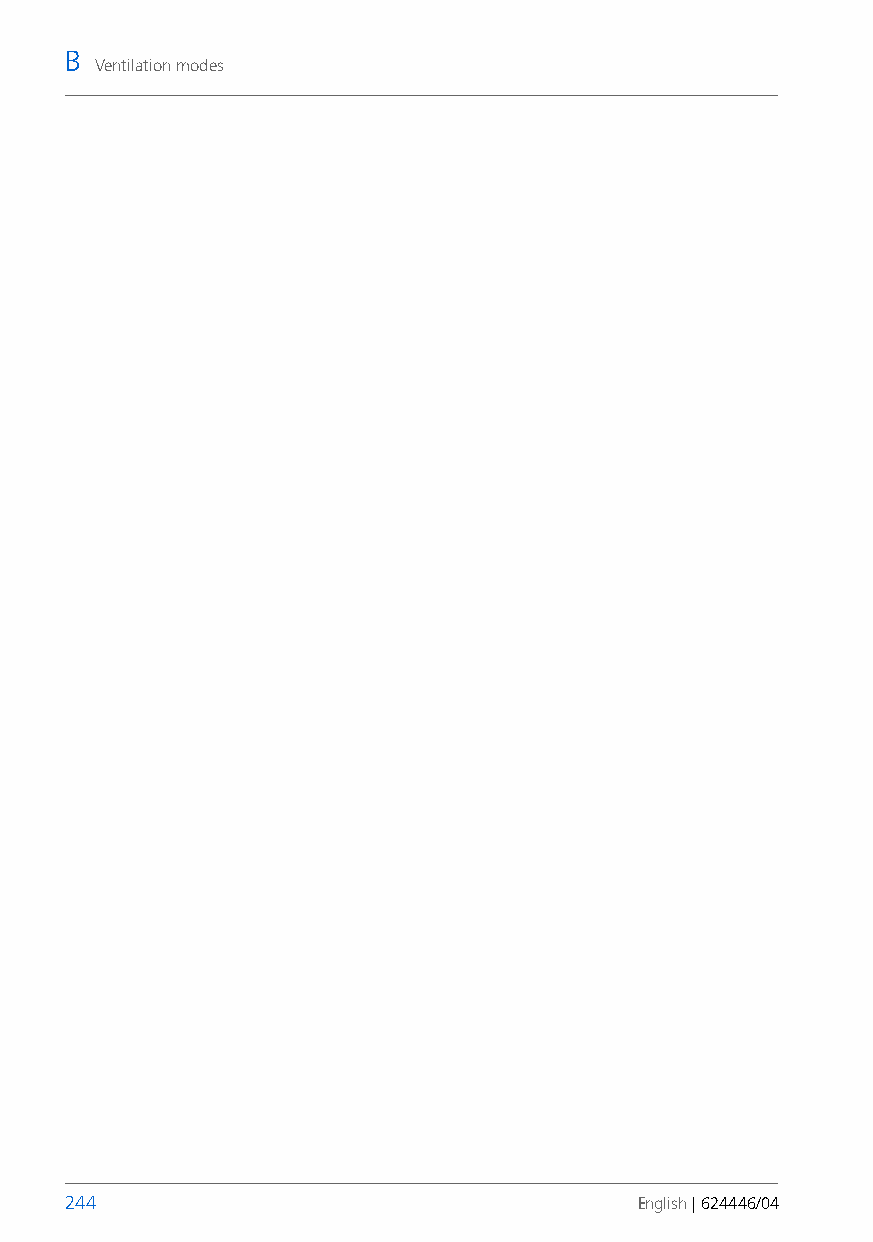
B
 Ventilation modes
 244                                   English | 624446/04